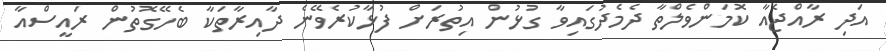
އަދި ރާއްޖެއާ ކޮމަންވެލްތާ ދެމެދުގައިވާ ގުޅުން އިތުރަށް ފުޅާކުރެވޭނެ ދާއިރާތަކާ ބެހޭގޮތުން ރައީސްއާ